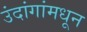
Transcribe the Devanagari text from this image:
उंदांगांमधून